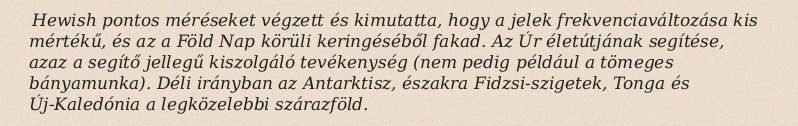
Hewish pontos méréseket végzett és kimutatta, hogy a jelek frekvenciaváltozása kis mértékű, és az a Föld Nap körüli keringéséből fakad. Az Úr életútjának segítése, azaz a segítő jellegű kiszolgáló tevékenység (nem pedig például a tömeges bányamunka). Déli irányban az Antarktisz, északra Fidzsi-szigetek, Tonga és Új-Kaledónia a legközelebbi szárazföld.